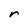
Character: r